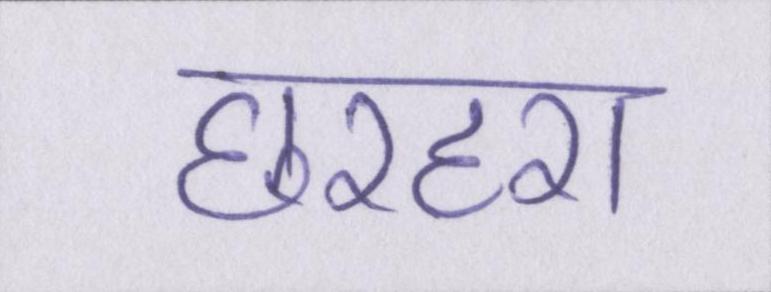
छरहरा